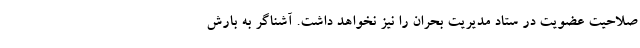
صلاحیت عضویت در ستاد مدیریت بحران را نیز نخواهد داشت. آشناگر به بارش